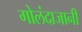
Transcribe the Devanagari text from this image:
गोलंदाजानी